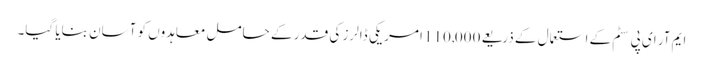
ایم آر ای پی سٹم کے استعمال کے ذریعے 110,000 امریکی ڈالرز کی قدر کے حامل معاہدوں کو آسان بنایا گیا۔